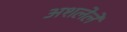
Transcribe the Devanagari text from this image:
अशलेले